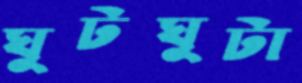
ঘুটঘুটা